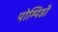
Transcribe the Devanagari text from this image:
पोम्पिडौ